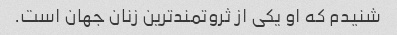
شنیدم که او یکی از ثروتمندترین زنان جهان است.